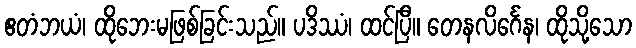
ဧတံဘယံ၊ ထိုဘေးမဖြစ်ခြင်းသည်။ ပဒိဿံ၊ ထင်ပြီ။ တေနလိင်္ဂေန၊ ထိုသို့သော